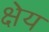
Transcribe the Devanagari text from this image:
क्षेय